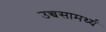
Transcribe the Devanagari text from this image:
उच्चसामर्थ्य